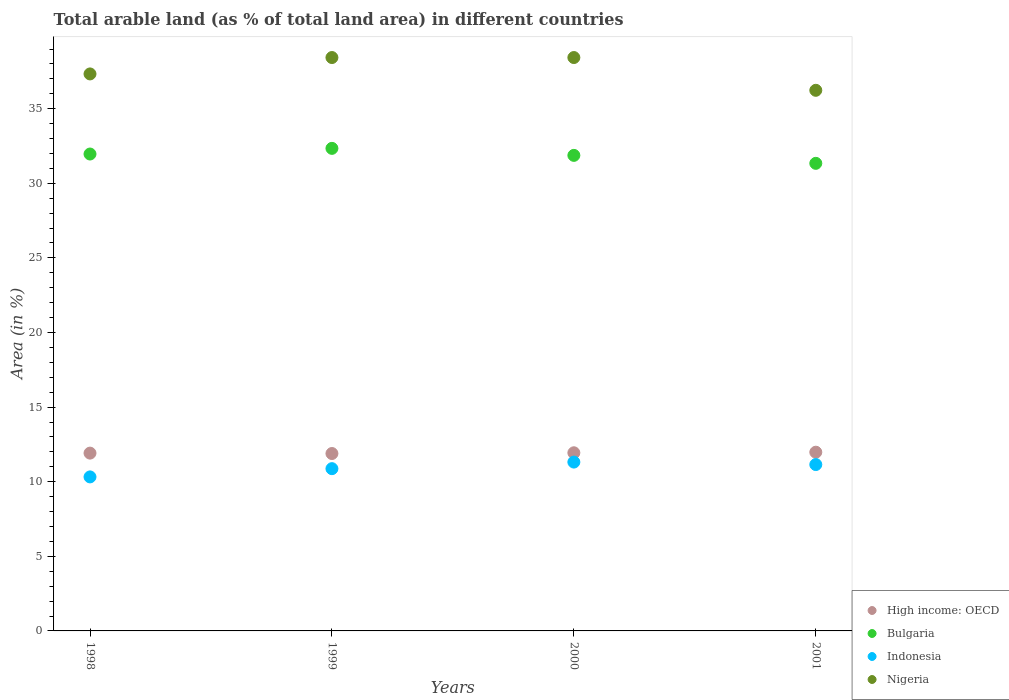
| Years | High income: OECD | Bulgaria | Indonesia | Nigeria |
 | --- | --- | --- | --- | --- |
 | 1998 | 11.9 | 32 | 10.3 | 37.3 |
 | 1999 | 11.9 | 32.3 | 10.9 | 38.4 |
 | 2000 | 11.9 | 31.9 | 11.3 | 38.4 |
 | 2001 | 12 | 31.3 | 11.2 | 36.2 |